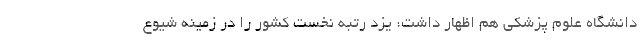
دانشگاه علوم پزشکی هم اظهار داشت: یزد رتبه نخست کشور را در زمینه شیوع